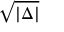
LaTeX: \sqrt { | \Delta | }